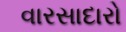
વારસાદારો